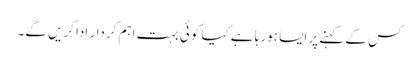
کس کے کہنے پر ایسا ہورہا ہے کیا کوئی بہت اہم کردار ادا کریں گے۔